Annual statistical returns and brief notes on vaccination in Bengal - 1909-1929
Year: 1909
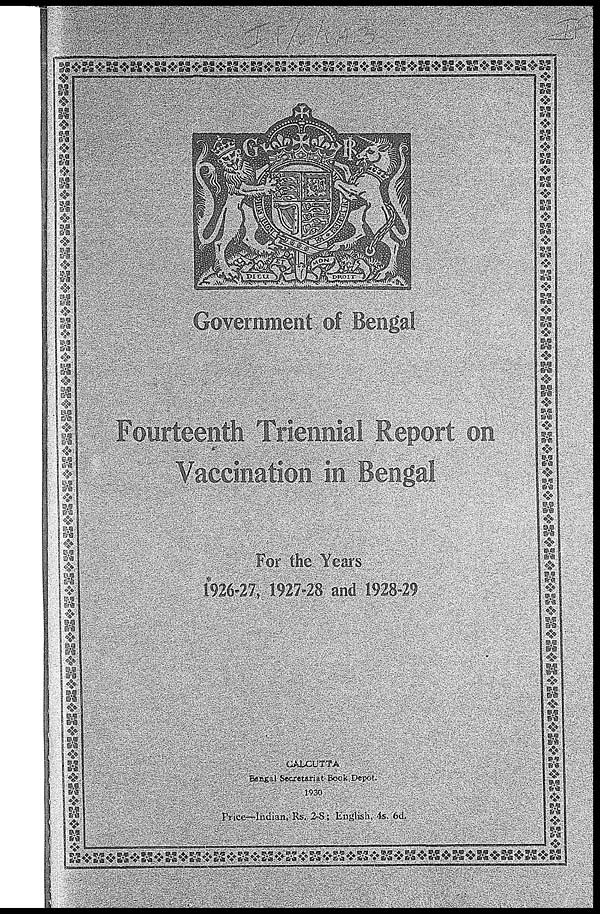
Government of Bengal
Fourteenth Triennial Report on
Vaccination in Bengal
For the Years
1926-27, 1927-28 and 1928-29
CALCUTTA
Bengal Secretariat-Book Depot.
1930
Price—Indian, Rs.,28; English, 4s. 6d.